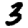
Digit: 3